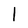
Character: l